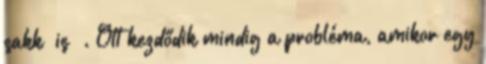
sakk is . Ott kezdődik mindig a probléma, amikor egy